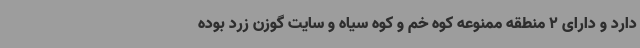
دارد و دارای 2 منطقه ممنوعه کوه خم و کوه سیاه و سایت گوزن زرد بوده